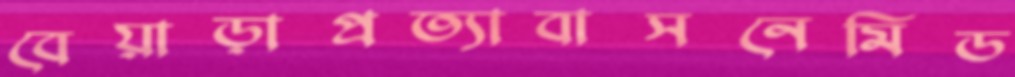
বেয়াড়াপ্রত্যাবাসনেমিড